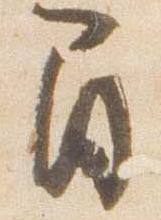
間